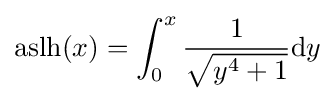
\operatorname {aslh} (x)=\int _{0}^{x}{\frac {1}{\sqrt {y^{4}+1}}}\mathrm {d} y